Memorandum on the prevention of leprosy by segregation of the affected
Disease focus: Leprosy
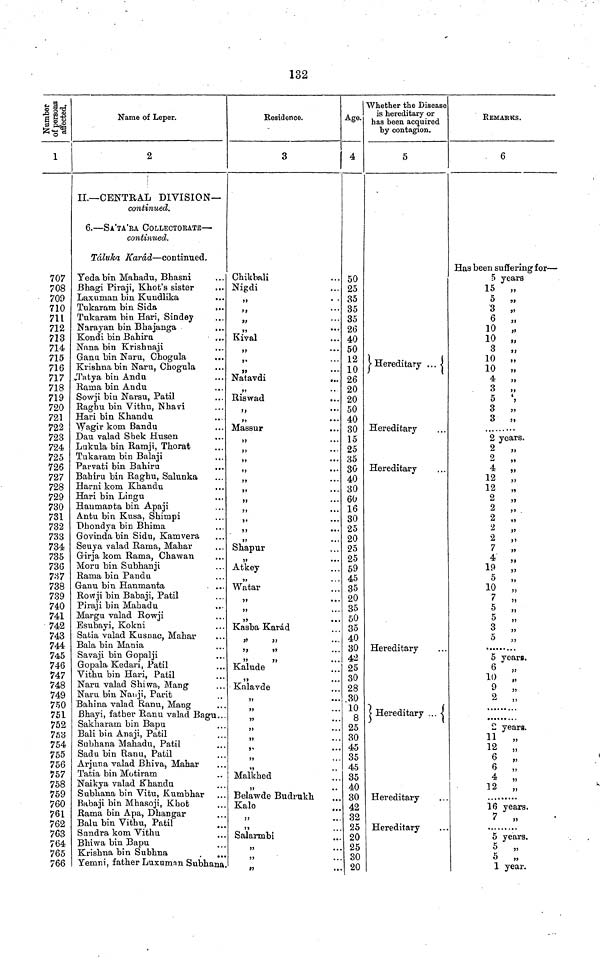
132
Number of persons affected.
1
707
708
709
710
711
712
713
714
715
716
717
718
719
720
721
722
723
724
725
726
727
728
729
730
731
732
733
734
735
736
737
738
739
740
741
742
743
744
745
746
747
748
749
750
751
752
753
754
755
756
757
758
759
760
761
762
763
764
765
766
Name of Leper.
2
II.—CENTRAL DIVISION—
continued.
6.—SA'TA'RA COLLECTORATE—
continued.
Táluka Karád—continued.
Teda bin Mahadu, Bhasni
Bhagi Piraji, Khot's sister
Laxuman bin Kundlika
Tukaram bin Sida
...
Tukaram bin Hari, Sindey
Narayan bin Bhajanga
Kondi bin Bahiru
Nana bin Krishnaji
Ganu bin Naru, Chogula
Krishna bin Naru, Chogula
Tatya bin Andu
Rama bin Andu
Sowji bin Narsu, Patil
Raghu bin Vithu, Nhavi
Hari bin Khandu
Wagir kom Bandu
Dau valad Shek Husen
Lukula bin Ramji, Thorat
Tukaram bin Balaji
Parvati bin Bahiru
...
Bahiru bin Raghu, Salunka
Harni kom Khandu
Hari bin Lingu
Haumanta bin Apaji
Antu bin Kusa, Shimpi
Dhondya bin Bhima
Govinda bin Sidu, Kamvera
Seuya valad Rama, Mahar
Girja kom Rama, Chawan
Moru bin Subhanji
Rama bin Pandu
Ganu bin Hanmanta
Rowji bin Babaji, Patil
Piraji bin Mahadu
Margu valad Rowji
Esubayi, Kokni
Satia valad Kusnac, Mahar
Bala bin Mania
Savaji bin Gopalji
Gopala Kedari, Patil
Vithu bin Hari, Patil
Naru valad Shiwa, Mang
Naru bin Nauji, Parit
Bahina valad Ranu, Mang
Bhayi, father Ranu valad Bagu...
Sakharam bin Bapu
Bali bin Anaji, Patil
Subhana Mahadu, Patil
Sadu bin Ranu, Patil
Arjuna valad Bhiva, Mahar
Tatia bin Motiram
Naikya valad Khandu
Subhana bin Vitu, Kumbhar
Babaji bin Mhasoji, Khot
Rama bin Apa, Dhangar
Balu bin Vithu, Patil
Sundra kom Vithu
Bhiwa bin Bapu
Krishna bin Subhna
Yemni, father Luxuman Subhana.
Residence.
3
Chikbali
Nigdi
,,
,,
99
' ' '
,,
•••
Rival
>>
•••
,,
• •
,,
•
Natavdi
...
,,
* •
Riswad
,,
• • *
,,
• • •
Massur
,,
• •
,,
• • •
,,
• • •
,,
• • •
9 9
• • •
,,
• • •
9 9
• • •
Shapur
,,
• • •
Atkey
,,
• • •
Watar
,,
• • •
Kasba Karád
Kalude
Kalavde
"
*
• • *
Malkhed
Belawde Budrukh
Kale
,,
, . .
Salarmbi
Age.
4
50
25
35
35
35
26
40
50
12
10
26
20
20
50
40
30
15
25
35
30
40
30
60
16
30
25
20
25
25
59
45
35
20
35
50
35
40
30
42
25
30
28
30
10
8
25
30
45
35
45
35
40
30
42
32
25
20
25
30
20
Whether the Disease
is hereditary or
has been acquired
by contagion.
5
Hereditary ...
Hereditary
Hereditary
Hereditary
Hereditary ...
Hereditary
Hereditary
REMARKS.
6
Has been suffering for—
5 years
15
„
5 „
3 „
6 „
10 „
10 „
3 „
10 „
10 „
4 „
3 „
5
',
3 „
3 „
2 years.
2 „
2 „
4 „
12
„
12
„
2
„
2
„
2
„
2
2 „
7 „
4
„
19
„
5 ,,
10
10 ,,
7
,,
5 „
5 „
3 „
5
5 years.
6
„
10
9
„
2
2 ,,
2 years.
11
12
12
,,
6 6 ,,
4 4 ,,
12
16 years.
7
5
years.
5
5
1 year.